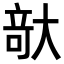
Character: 𪥘